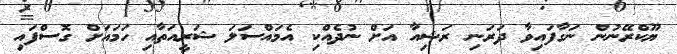
ޔޫކްރޭނުން ނަގާފައިވާ ދަރަނި ރަޝިއާ އަށް ނުދެއްކި އެމައްސަލަ ޝަރީއަތާއި ހަމައަށް ގޮސްފައި